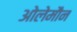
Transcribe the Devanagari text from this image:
ओलेमौन